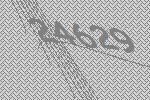
24629